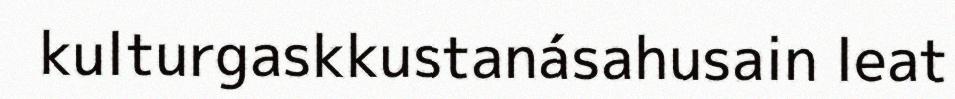
kulturgaskkustanásahusain leat